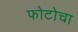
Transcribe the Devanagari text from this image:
फोटोचा